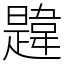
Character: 韙